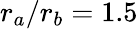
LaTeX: r_{a}/r_{b}=1.5